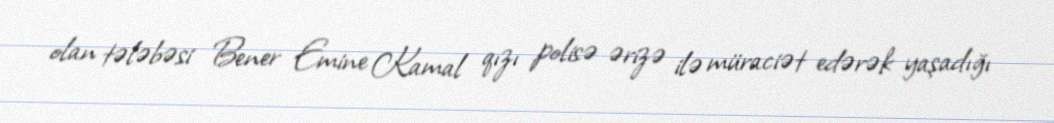
olan tələbəsi Bener Emine Kamal qızı polisə ərizə ilə müraciət edərək yaşadığı